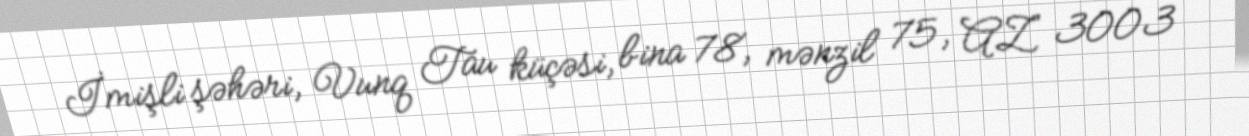
İmişli şəhəri, Vunq Tau küçəsi, bina 78, mənzil 75, AZ 3003